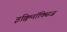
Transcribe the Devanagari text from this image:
इक्विनॉक्सिज़